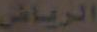
الرياض